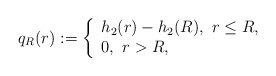
\begin{align*}q_{R}(r):=\left\{\begin{array}{ll} h_{2}(r)-h_{2}(R),\,\,r\leq R,\\ 0, \,\,r>R, \\\end{array}\right.\end{align*}